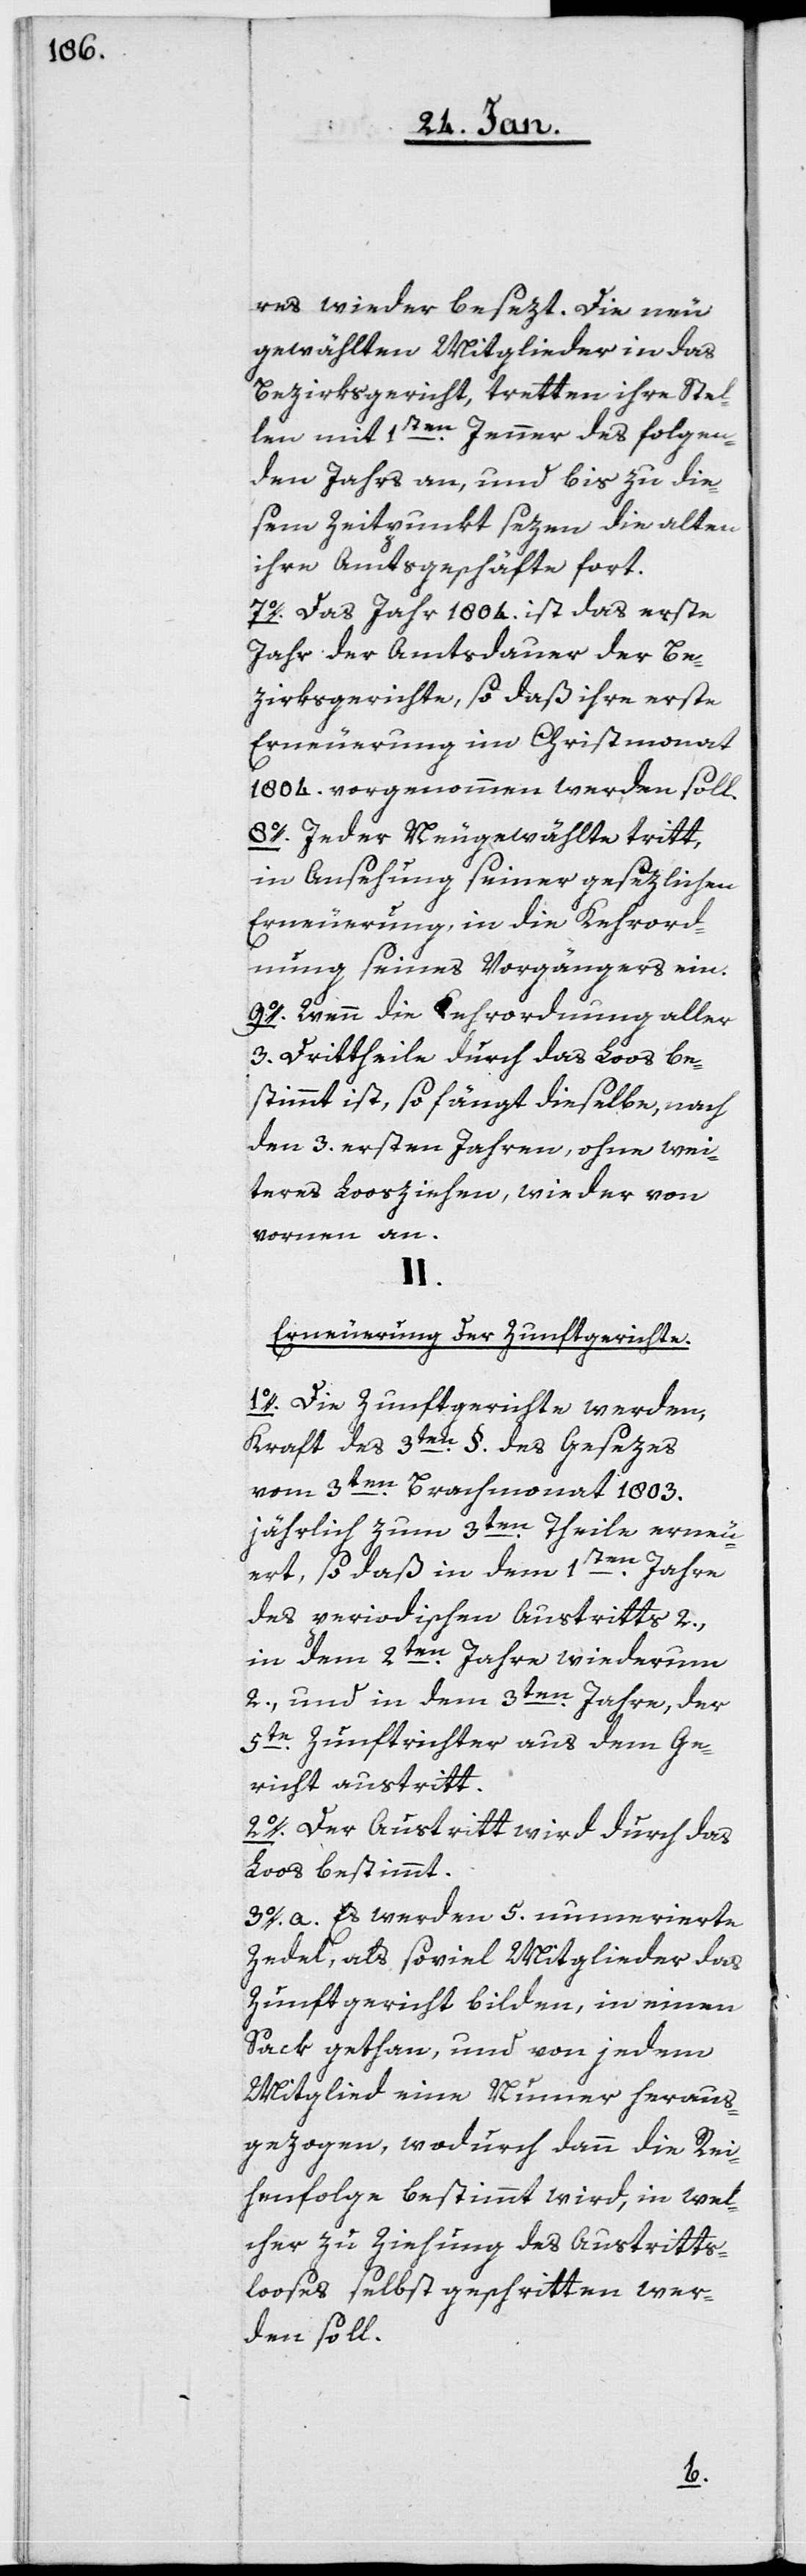
res wieder besezt. Die neu
gewählten Mitglieder in das
Bezirksgericht, tretten ihre Stel¬
1sten.
Jenner des folgen¬
len mit
den Jahrs an, und bis zu die¬
sem Zeitpunkt sezen die alten
ihre Amtsgeschäfte fort.
7o. Das Jahr 1804. ist das erste
Jahr der Amtsdauer der Be¬
zirksgerichte, so daß ihre erste
Erneuerung im Christmonat
1804. vorgenommen werden soll.
8o. Jeder Neugewählte tritt,
in Ansehung seiner gesezlichen
Erneuerung, in die Kehrord¬
nung seines Vorgängers ein.
9o. Wenn die Kehrordnung aller
3. Drittheile durch das Loos be¬
stimmt ist, so fängt dieselbe, nach
den 3. ersten Jahren, ohne wei¬
teres Loosziehen, wieder von
vornen an.
II.
Erneuerung der Zunftgerichte.
1o. Die Zunftgerichte werden,
Kraft des 3ten. §. des Gesezes
vom 3ten. Brachmonat 1803.
jährlich zum 3ten. Theile erneu¬
ert, so daß in dem 1sten. Jahre
des periodischen Austritts 2.,
in dem 2ten. Jahre wiederum
2., und in dem 3ten. Jahre, der
5te. Zunftrichter aus dem Ge¬
richt austritt.
2o. Der Austritt wird durch das
Loos bestimmt.
3o. a. Es werden 5. nummerierte
Zedel, als soviel Mitglieder das
Zunftgericht bilden, in einen
Sack gethan, und von jedem
Mitglied eine Numer heraus¬
gezogen, wodurch dann die Rei¬
henfolge bestimmt wird, in wel¬
cher zu Ziehung des Austritts¬
looses selbst geschritten wer¬
den soll.